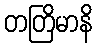
တတြိမာနိ